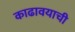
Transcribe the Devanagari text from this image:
काढावयाची